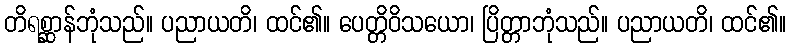
တိရစ္ဆာန်ဘုံသည်။ ပညာယတိ၊ ထင်၏။ ပေတ္တိဝိသယော၊ ပြိတ္တာဘုံသည်။ ပညာယတိ၊ ထင်၏။